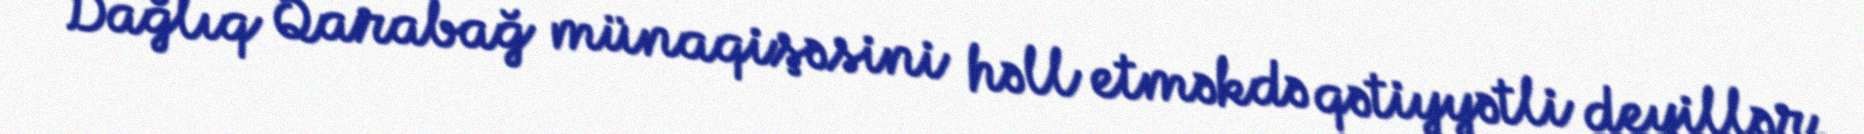
Dağlıq Qarabağ münaqişəsini həll etməkdə qətiyyətli deyillər.